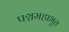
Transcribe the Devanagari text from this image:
पञ्चमहाभूत